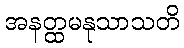
အနတ္ထမနုသာသတိ